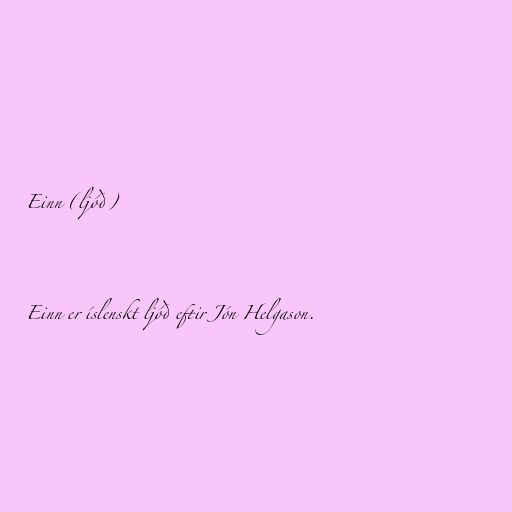
Einn (ljóð)

Einn er íslenskt ljóð eftir Jón Helgason.